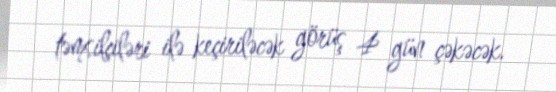
təmsilçiləri ilə keçiriləcək görüş 4 gün çəkəcək.